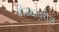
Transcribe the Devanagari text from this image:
डोळ्यावरील